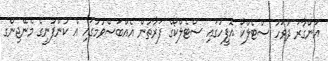
އަންގާރަ ދުވަހު ސްޓެލްކޯ އޮފީހުގައި ސްޓެލްކޯގެ ފަރާތުން އެއްބަސްވުމުގައި އެ ކުންފުނީގެ މެނޭޖިންގ